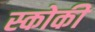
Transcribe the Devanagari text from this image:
स्कोकी